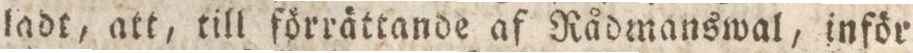
ladt, att, till förrättande af Rådmanswal, inför